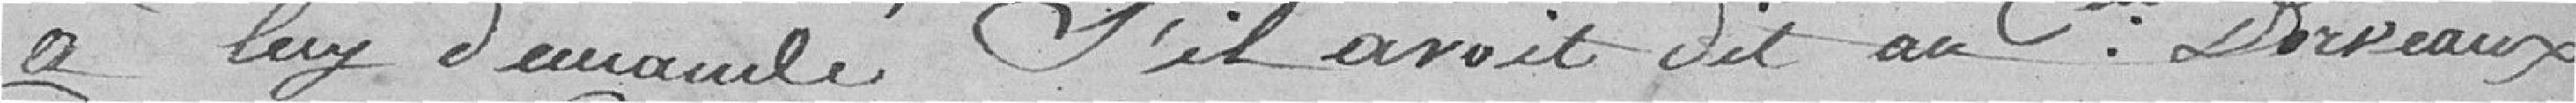
A luy demandé s'il avait dit au citoyen Derveaux